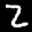
Label: 2